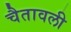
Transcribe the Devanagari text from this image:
चैतावली